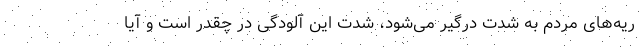
ریه‌های مردم به شدت درگیر می‌شود، شدت این آلودگی در چقدر است و آیا